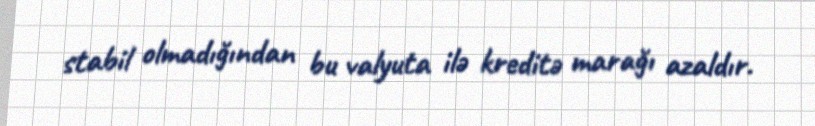
stabil olmadığından bu valyuta ilə kreditə marağı azaldır.